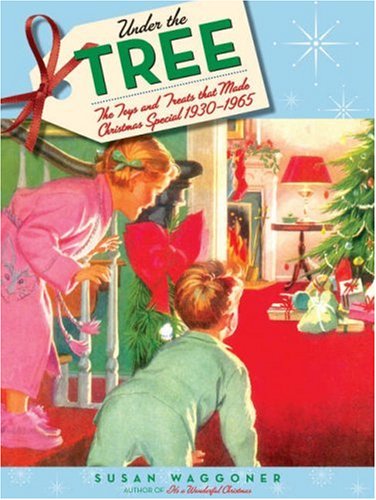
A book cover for Under the Tree: The Toys and Treats That Made Christmas Special, 1930-1970; Susan Waggoner; Humor & Entertainment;